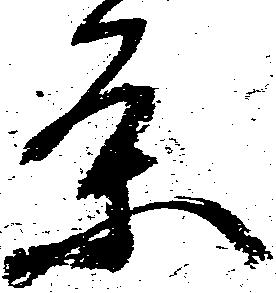
条